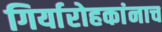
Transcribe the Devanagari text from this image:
गिर्यारोहकांनाच